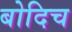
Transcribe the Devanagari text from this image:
बोदिच